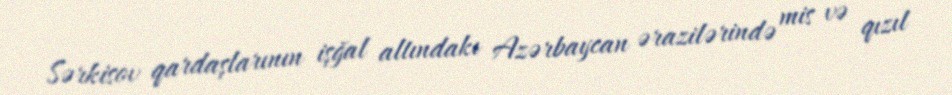
Sərkisov qardaşlarının işğal altındakı Azərbaycan ərazilərində mis və qızıl